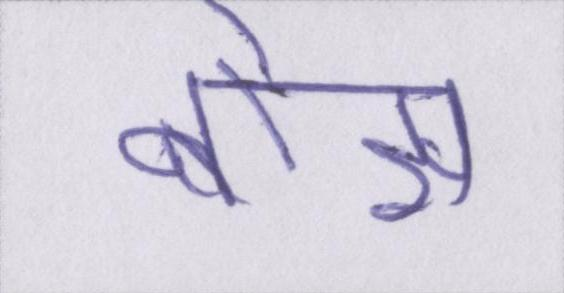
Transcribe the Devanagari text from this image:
बोझ